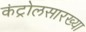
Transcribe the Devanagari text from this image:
कंट्रोलसारख्या